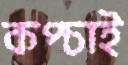
কপ্‌চাই